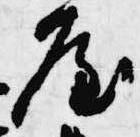
屋